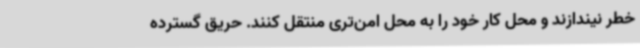
خطر نیندازند و محل کار خود را به محل امن‌تری منتقل کنند. حریق گسترده